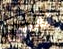
نفسي